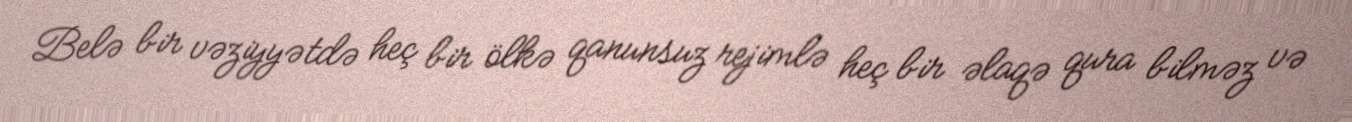
Belə bir vəziyyətdə heç bir ölkə qanunsuz rejimlə heç bir əlaqə qura bilməz və